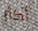
أكثر